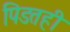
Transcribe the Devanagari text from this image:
पिडतही